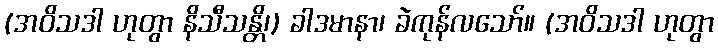
(အဝိသဒါ ဟုတွာ နိသီသန္တိ၊) ခါဒမာနာ၊ ခဲကုန်လသော်။ (အဝိသဒါ ဟုတွာ